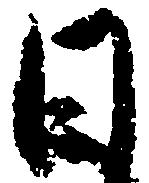
日